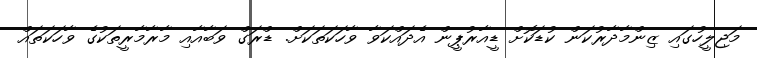
މަޖިލީހުގައި ޒިންމާދާރުކަން ކުޑަކޮށް ޑީއާރުޕީން އެދައްކަވާ ވާހަކަތަކަށް. ޑްރަގް ވަބާއާއި މާރާމާރީތަކުގެ ވާހަކަތައް